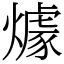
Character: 㷾